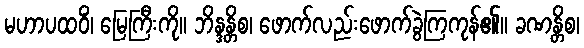
မဟာပထဝိံ၊ မြေကြီးကို။ ဘိန္ဒန္တိစ၊ ဖောက်လည်းဖောက်ခွဲကြကုန်၏။ ခဏန္တိစ၊